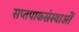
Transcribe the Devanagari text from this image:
सप्तपाकसंस्थाओं